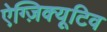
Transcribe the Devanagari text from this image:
ऐग्ज़िक्यूटिव